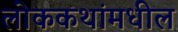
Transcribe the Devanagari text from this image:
लोककथांमधील